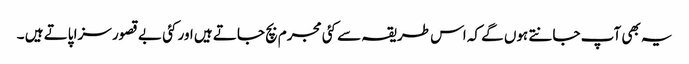
یہ بھی آپ جانتے ہوں گے کہ اس طریقہ سے کئی مجرم بچ جاتے ہیں اور کئی بے قصور سزا پاتے ہیں ۔